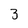
Character: 3